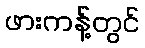
ဖားကန့်တွင်